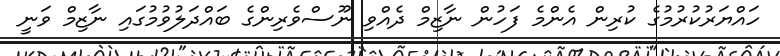
ހައްޔަރުކުރުމުގެ ކުރިން އެންމެ ފަހުން ނާޒިމް ދެއްވި ނޫސްވެރިންގެ ބައްދަލުވުމުގައި ނާޒިމް ވަނީ